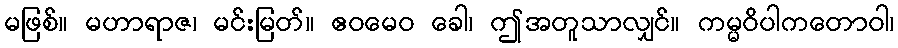
မဖြစ်။ မဟာရာဇ၊ မင်းမြတ်။ ဧဝမေဝ ခေါ၊ ဤအတူသာလျှင်။ ကမ္မဝိပါကတောဝါ၊